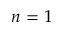
n = 1